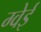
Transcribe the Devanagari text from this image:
ग्वेई